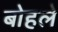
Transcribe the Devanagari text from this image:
बोहले